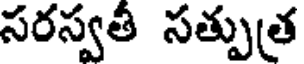
సరస్వతీ సత్పుత్ర